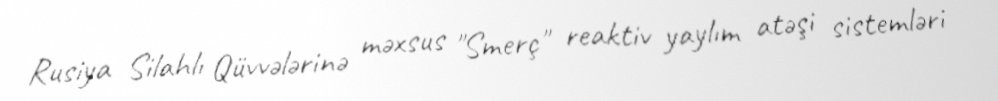
Rusiya Silahlı Qüvvələrinə məxsus "Smerç" reaktiv yaylım atəşi sistemləri